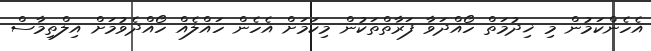
އެހެންކަމުން މި ޚިދުމަތް ހޯއްދަވާ ފަރާތްތަކުން މިކަމަށް އެހެން ހައްލެއް ހޯއްދެވުމަށް އިލްތިމާސް